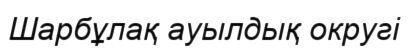
Шарбұлақ ауылдық округі